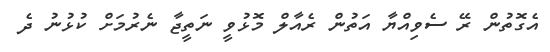
އެގޮތުން ރޭ ސެވިއްޔާ އަތުން ރެއާލް މޮޅުވީ ނަތީޖާ ނެރުމަށް ކުޅުނު ދެ